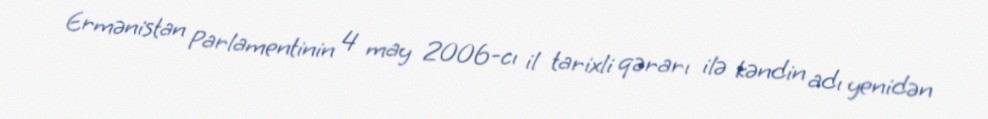
Ermənistan Parlamentinin 4 may 2006-cı il tarixli qərarı ilə kəndin adı yenidən